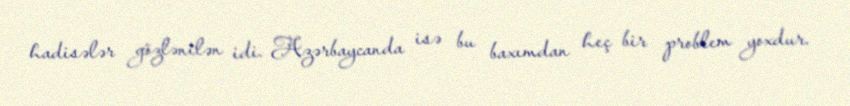
hadisələr gözlənilən idi. Azərbaycanda isə bu baxımdan heç bir problem yoxdur.